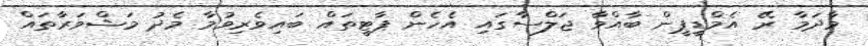
މާދަމާ ރޭ އެމްޑީޕީން ބާއްވާ ޖަލްސާގައި އެހެން ޕާޓީތައް ބައިވެރިވުމާ މެދު މަޝްވަރާތައް